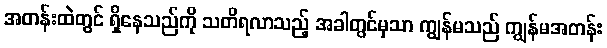
အတန်းထဲတွင် ရှိနေသည်ကို သတိရလာသည့် အခါတွင်မှသာ ကျွန်မသည် ကျွန်မအတန်း